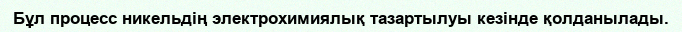
Бұл процесс никельдің электрохимиялық тазартылуы кезінде қолданылады.